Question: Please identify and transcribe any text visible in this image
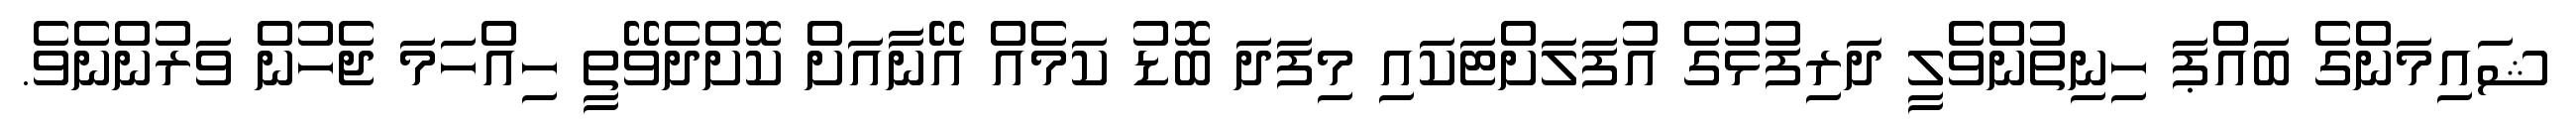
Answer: ޝައިމަންގެ ބައްޕަ ހިނިތުންވެލީ ދަރިފުޅުގެ އުފަލަށްޓަކައި މިފަދަ ބޮޑު ކަމެއް އޭނާއަށް ކޮށްދެވޭތީ ހިއްހަމަ ޖެހުން ވަރުންނެވެ.